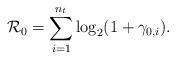
LaTeX: \begin{align*} \mathcal{R}_{0} = \sum_{i=1}^{n_t} \log_2(1+\gamma_{0,i}). \end{align*}